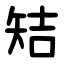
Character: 䂒